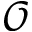
\mathcal { O }